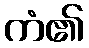
ကံ၏